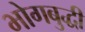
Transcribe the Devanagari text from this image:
भोगबुद्धी